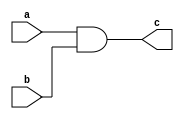
`timescale 1ns / 1ps

module and1bit(c,a,b);
    input a,b;
    output c;
    and a1(c,a,b);
endmodule